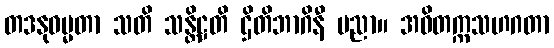
တဒနုဓမ္မတာ သတိ သန္တိဋ္ဌတိ ဌိတိဘာဂိနီ ပညာ။ အဝိတက္ကသဟဂတာ